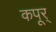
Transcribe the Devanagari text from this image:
कपूर्